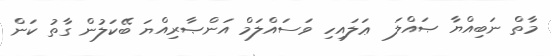
މާތް ނަބިއްޔާ ޞައްލަ  ޢަލައިހި ވަސައްލަމް އަންޞާރިއްޔަ ބޭކަލުން ގާތު ކަން